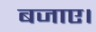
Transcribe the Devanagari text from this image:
बजाए।